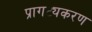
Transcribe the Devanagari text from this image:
प्रागट्यकरण